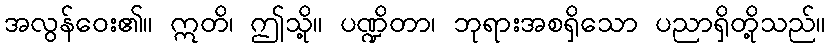
အလွန်ဝေး၏။ ဣတိ၊ ဤသို့။ ပဏ္ဍိတာ၊ ဘုရားအစရှိသော ပညာရှိတို့သည်။